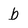
Character: b